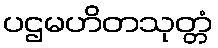
ပဌမဟိတသုတ္တံ